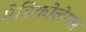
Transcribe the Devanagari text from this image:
मेडिकोलेगल